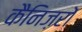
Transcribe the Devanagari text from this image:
कैनिज़रों